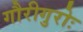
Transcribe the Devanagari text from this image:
गौरीगुरोः